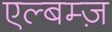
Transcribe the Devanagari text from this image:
एल्बम्ज़